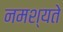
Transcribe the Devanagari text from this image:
नमश्यते